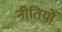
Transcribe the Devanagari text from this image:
नीतियोँ